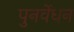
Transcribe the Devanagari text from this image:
पुनर्वेधन